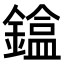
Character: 𨫸